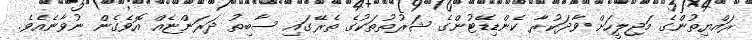
ރައްޔިތުންގެ މަޖިލީހަށް ވާދަކުރާ ކެންޑިޑޭޓުންގެ ޝަރުތުތަކުގެ ތެރޭގައި ސާބިތު ދަރަންޏެއް އޮވެގެން ނުވާނެއެވެ.